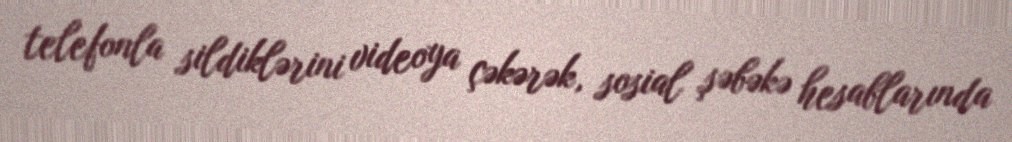
telefonla sildiklərini videoya çəkərək, sosial şəbəkə hesablarında